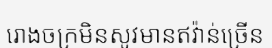
រោងចក្រមិនសូវមានឥវ៉ាន់ច្រើន